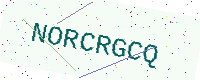
Text: NORCRGCQ